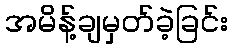
အမိန့်ချမှတ်ခဲ့ခြင်း